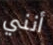
أنني